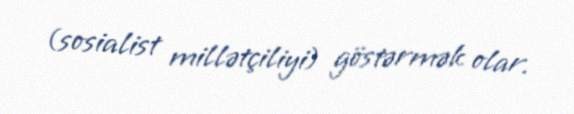
(sosialist millətçiliyi) göstərmək olar.